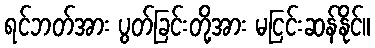
ရင်ဘတ်အား ပွတ်ခြင်းတို့အား မငြင်းဆန်နိုင်။